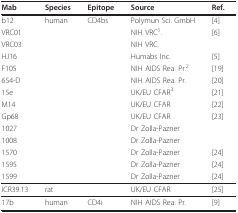
| Mab | Species | Epitope | Source | Ref. |
 | --- | --- | --- | --- | --- |
 | b12 | human | CD4bs | Polymun Sci. GmbH | [4] |
 | VRC01 |  |  | NIH VRC1. | [6] |
 | VRC03 |  |  | NIH VRC. |  |
 | HJ16 |  |  | Humabs Inc. | [5] |
 | F105 |  |  | NIH AIDS Rea. Pr.2 | [19] |
 | 654-D |  |  | NIH AIDS Rea. Pr. | [20] |
 | 15e |  |  | UK/EU CFAR3 | [21] |
 | M14 |  |  | UK/EU CFAR | [22] |
 | Gp68 |  |  | UK/EU CFAR | [23] |
 | 1027 |  |  | Dr Zolla-Pazner |  |
 | 1008 |  |  | Dr Zolla-Pazner |  |
 | 1570 |  |  | Dr Zolla-Pazner | [24] |
 | 1595 |  |  | Dr Zolla-Pazner | [24] |
 | 1599 |  |  | Dr Zolla-Pazner | [24] |
 | ICR39.13 | rat |  | UK/EU CFAR | [25] |
 | 17b | human | CD4i | NIH AIDS Rea. Pr. | [9] |